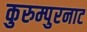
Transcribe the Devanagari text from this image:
कुरुम्पुरनाट